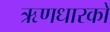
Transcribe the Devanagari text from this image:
ऋणधारकों